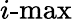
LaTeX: i\textrm{-max}